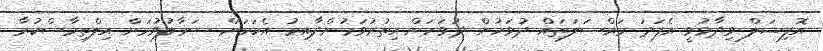
އޮފިޝަލް ވިދާޅުވީ އެފަދަ މައްސަލަތައް ދުވަހުން ދުވަހަށް އިތުރުވަމުންދާއިރު އެކަމަށް ސަމާލުވުމަށް އިލްތިމާސްކުރާ